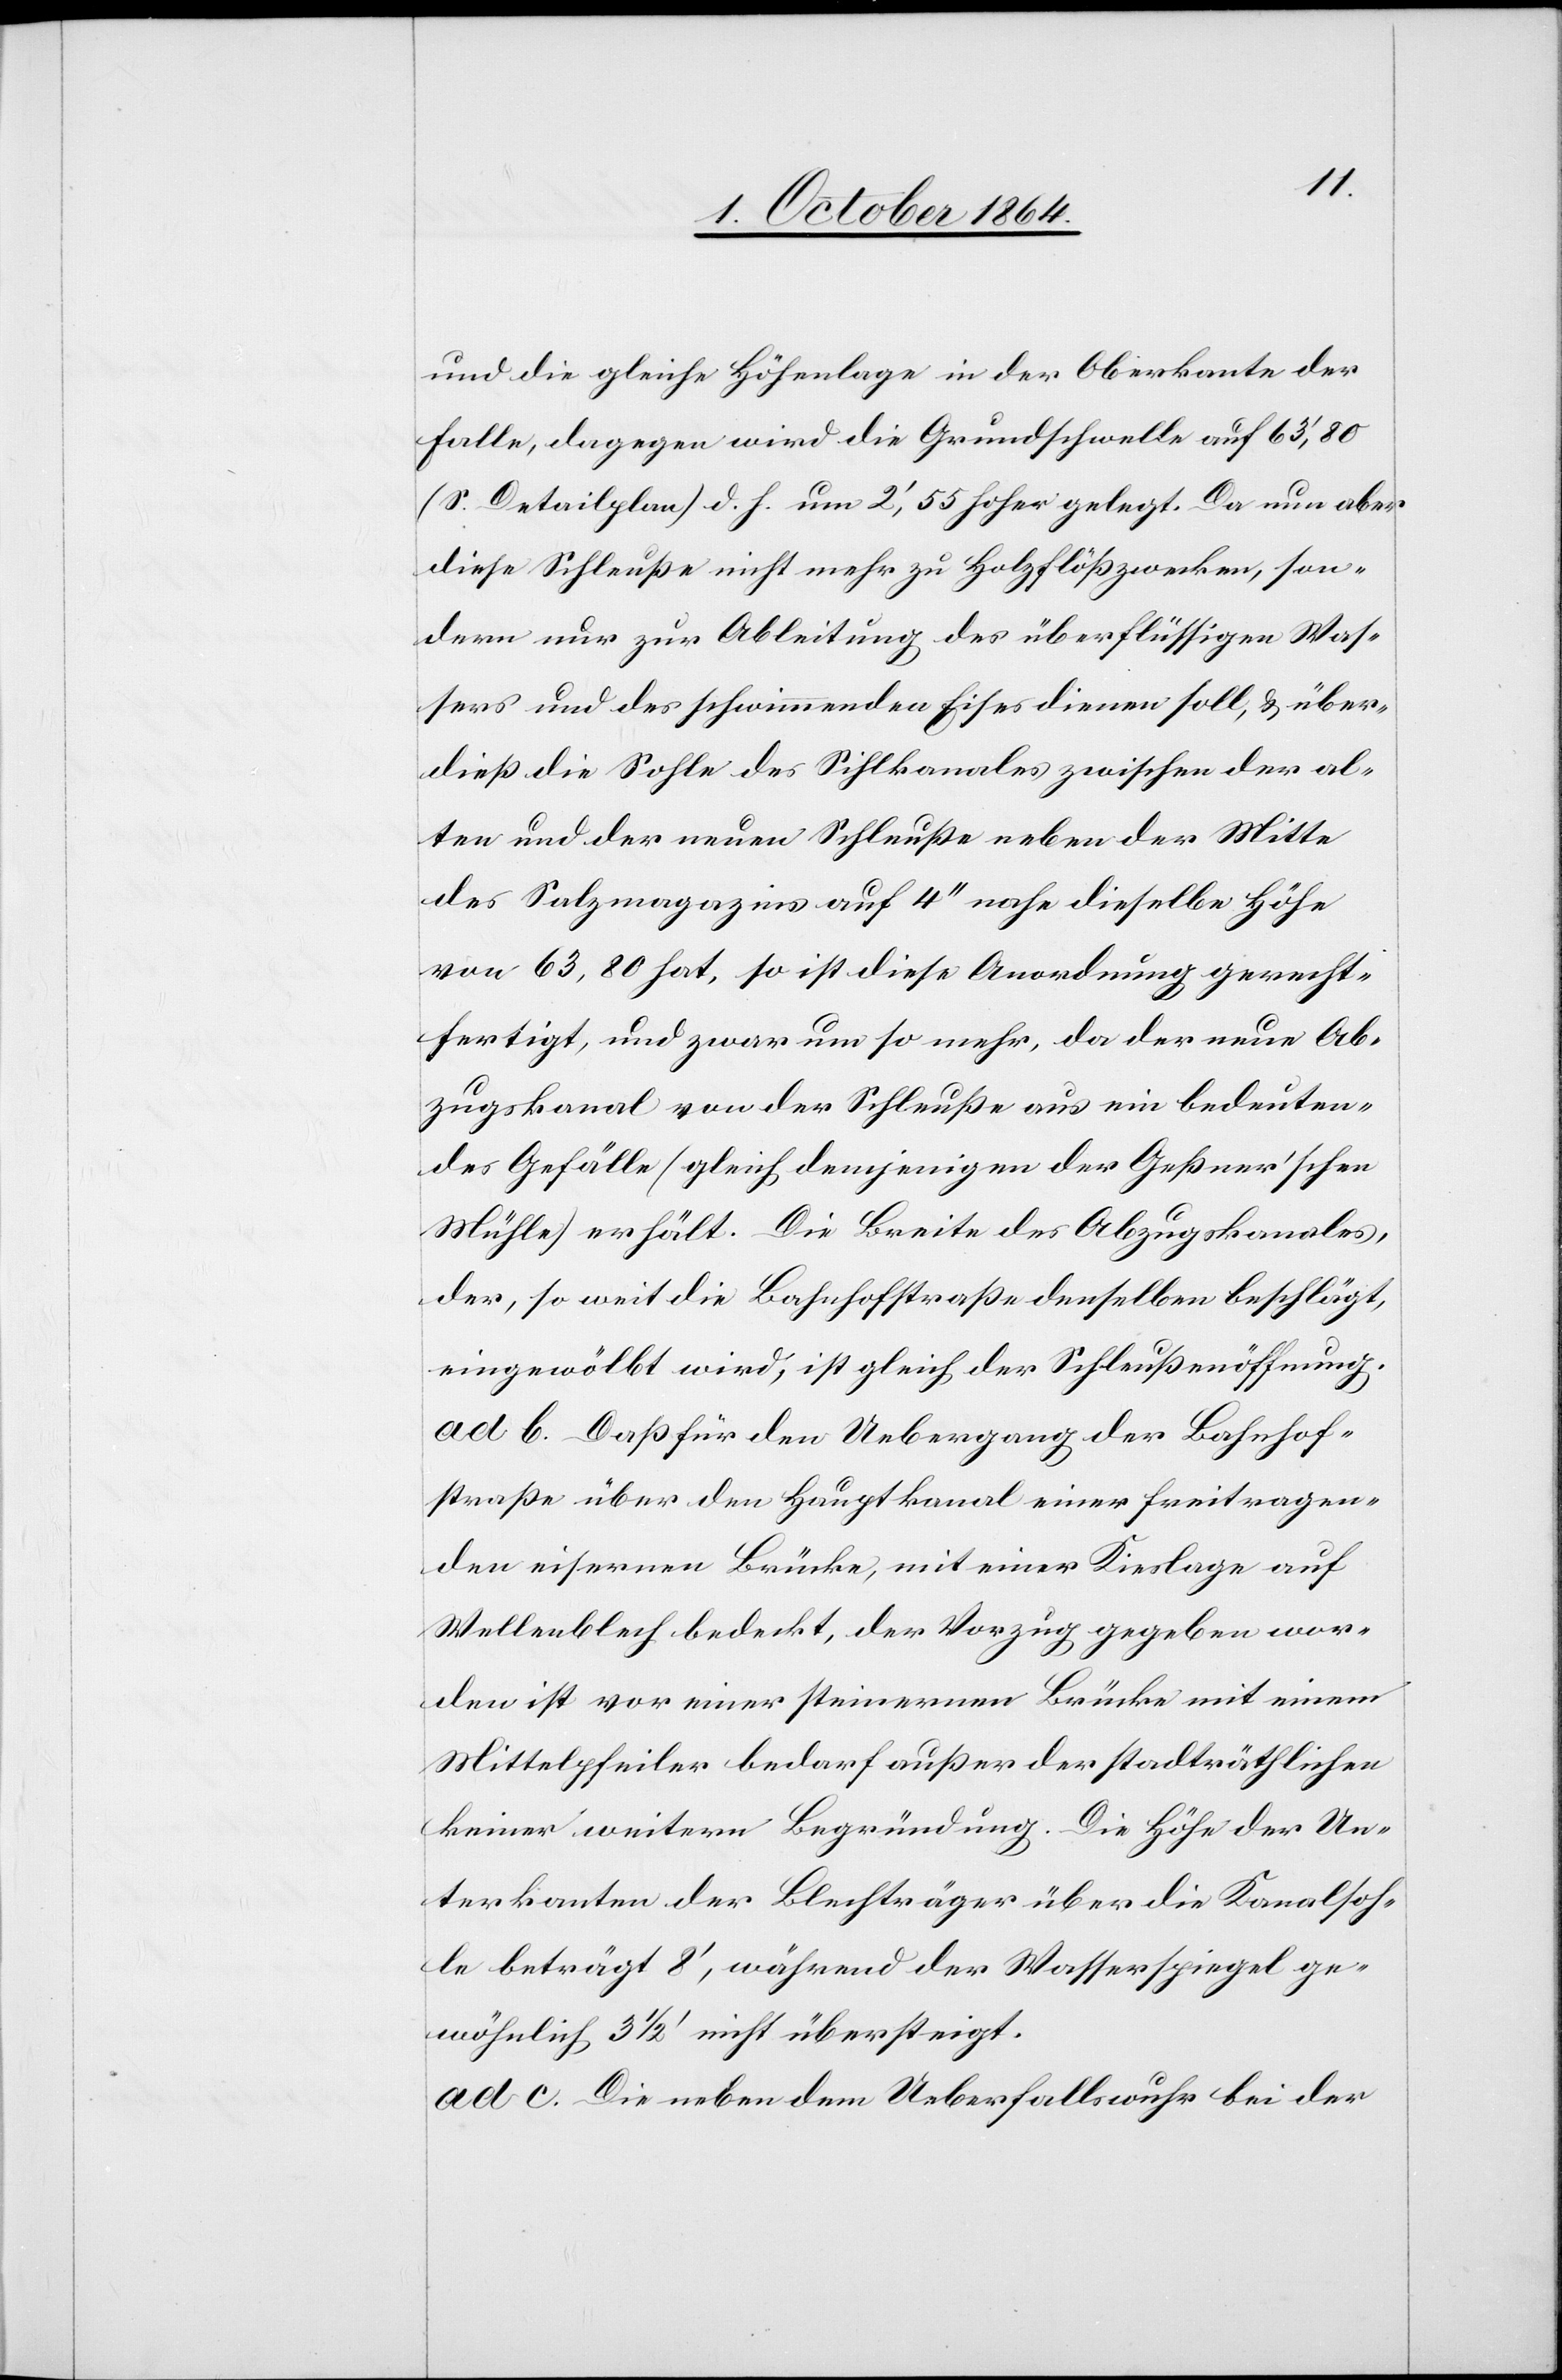
und die gleiche Höhenlage in der Oberkante der
Falle, dagegen wird die Grundschwelle auf 63’,80
(S. Detailplan) d. h. um 2’,55 hoher [sic!] gelegt. Da nun aber
diese Schleuße nicht mehr zu Holzflößzwecken, son¬
dern nur zur Ableitung des überflüssigen Was¬
sers und des schwimmenden Eises dienen soll, & über¬
dieß die Sohle des Sihlkanales zwischen der al¬
ten und der neuen Schleuße neben der Mitte
des Salzmagazins auf 4’’ nahe dieselbe Höhe
von 63,80 hat, so ist diese Anordnung gerecht¬
fertigt, und zwar um so mehr, da der neue Ab¬
zugskanal von der Schleuße aus ein bedeuten¬
des Gefälle (gleich demjenigen der Geßner’schen
Mühle) erhält. Die Breite des Abzugskanales,
der, so weit die Bahnhofstraße denselben beschlägt,
eingewölbt wird, ist gleich der Schleußenöffnung.
ad b. Daß für den Uebergang der Bahnhof¬
straße über den Hauptkanal einer freitragen¬
den eisernen Brücke, mit einer Kieslage auf
Wellenblech bedeckt, der Vorzug gegeben wor¬
den ist vor einer steinernen Brücke mit einem
Mittelpfeiler bedarf außer der stadträthlichen
keiner weitern Begründung. Die Höhe der Un¬
terkanten der Blechträger über die Kanalsoh¬
le beträgt 8’, während der Wasserspiegel ge¬
wöhnlich 3 1/2’ nicht übersteigt.
ad c. Die neben dem Ueberfallswuhr bei der